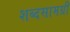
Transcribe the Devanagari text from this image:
शब्दसामग्री